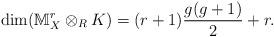
LaTeX: \begin{align*}\dim(\mathbb M^r_X\otimes_R K)=(r+1)\frac{g(g+1)}{2}+r.\end{align*}